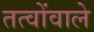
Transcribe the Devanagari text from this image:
तत्वोंवाले